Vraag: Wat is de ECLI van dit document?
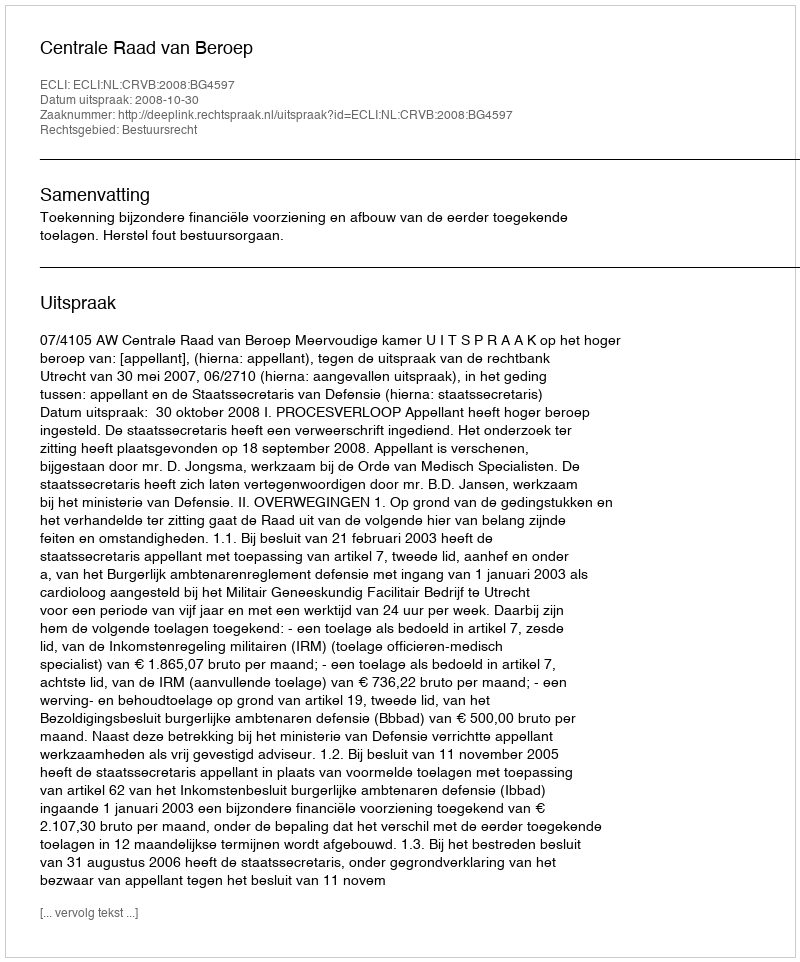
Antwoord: ECLI:NL:CRVB:2008:BG4597